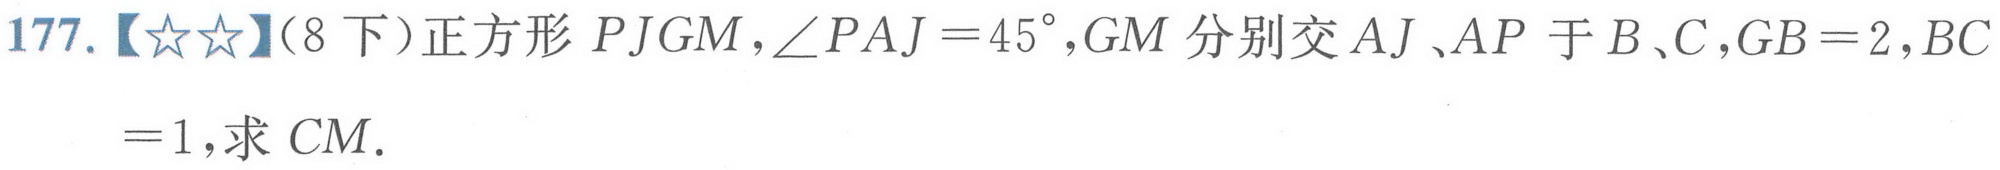
177.【★★】（8下）正方形 \(PJGM\)，\(\angle PAJ = 45^{\circ}\)，\(GM\) 分别交 \(AJ\)、\(AP\) 于 \(B\)、\(C\)，\(GB = 2\)，\(BC = 1\)，求 \(CM\).